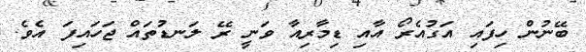
ބޭނުން ހިފައި އަގުއެރޯ އާއި ޑިމާރިއާ ވަނީ ރޭ ލަނޑުތައް ޖަހައިފަ އެވެ.